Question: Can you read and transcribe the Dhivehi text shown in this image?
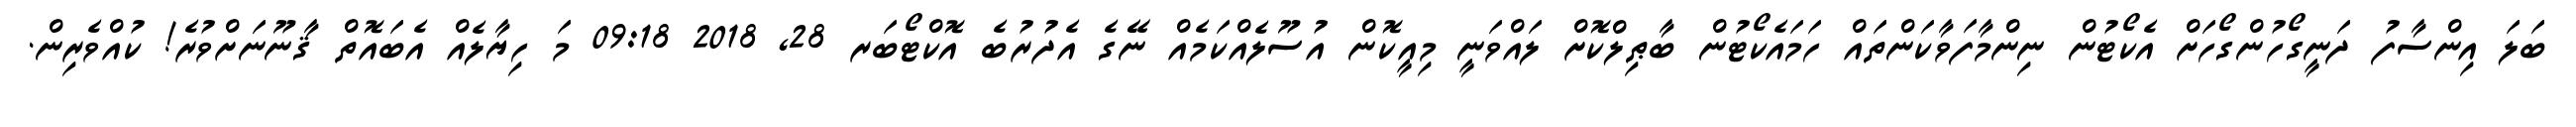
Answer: ބަލަ އިންސާފު ދަނީގޯހުންގޯހަށް އެކޯޓުން ނިންމާފަވާކަންތައް ހަމައެކޯޓުން ބާޠިލްކޮށް ލައްވަނީ މިއީކޮން އުސޫލެއްކަމެއް ނޭގެ އެދުރުބެ އޮކްޓޯބަރ 28, 2018 09:18 މަ ހިޔާލެއް އެބައޮތް ޤާނޫނަށްވުރެ! ކުއްވެރިން.